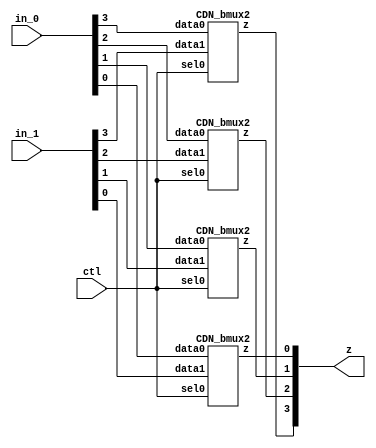

// Generated by Cadence Encounter(R) RTL Compiler RC14.27 - v14.20-s064_1

// Verification Directory fv/dom_and 

module bmux(ctl, in_0, in_1, z);
  input ctl;
  input [3:0] in_0, in_1;
  output [3:0] z;
  CDN_bmux2 g1(.sel0 (ctl), .data0 (in_0[3]), .data1 (in_1[3]), .z
       (z[3]));
  CDN_bmux2 g2(.sel0 (ctl), .data0 (in_0[2]), .data1 (in_1[2]), .z
       (z[2]));
  CDN_bmux2 g3(.sel0 (ctl), .data0 (in_0[1]), .data1 (in_1[1]), .z
       (z[1]));
  CDN_bmux2 g4(.sel0 (ctl), .data0 (in_0[0]), .data1 (in_1[0]), .z
       (z[0]));
endmodule

module dom_and(ClkxCI, RstxBI, XxDI, YxDI, ZxDI, QxDO);
  input ClkxCI, RstxBI;
  input [1:0] XxDI, YxDI;
  input [0:0] ZxDI;
  output [1:0] QxDO;
  wire [3:0] FFxDP;
  bmux mux_FFxDP_78_15(.ctl (n_8), .in_0 (4'b0000), .in_1 (4'b0000), .z
       ());
  and g1 (\Xi_mul_Yj[3] , XxDI[1], YxDI[1]);
  and g2 (Xi_mul_Yj_37, XxDI[1], YxDI[0]);
  and g3 (Xi_mul_Yj, XxDI[0], YxDI[1]);
  and g4 (\Xi_mul_Yj[0] , XxDI[0], YxDI[0]);


//   xor g7 (n_11, Xi_mul_Yj, ZxDI);
  not g65 (n_a1, Xi_mul_Yj);
  not g66 (n_b1, ZxDI);
  and g67 (n_t11, Xi_mul_Yj, n_b1);
  and g68 (n_t21, ZxDI, n_a1);
  or g69 (n_11, n_t11, n_t21);

  xor g9 (n_13, Xi_mul_Yj_37, ZxDI);
//  not g60 (n_a, Xi_mul_Yj_37);
//  not g61 (n_b, ZxDI);
//  and g62 (n_t1, Xi_mul_Yj_37, n_b);
//  and g63 (n_t2, ZxDI, n_a);
//  or g64 (n_13, n_t1, n_t2);

  xor g11 (QxDO[1], FFxDP[2], \Xi_mul_Yj[3] );
//  not g70 (n_a2, FFxDP[2]);
//  not g71 (n_b2, \Xi_mul_Yj[3] );
//  and g72 (n_t12, FFxDP[2], n_b2);
//  and g73 (n_t22, n_a2, \Xi_mul_Yj[3] );
//  or g74 (QxDO[1], n_t12, n_t22);

  xor g8 (QxDO[0], \Xi_mul_Yj[0] , FFxDP[1]);
//  not g75 (n_a3, FFxDP[1]);
//  not g76 (n_b3, \Xi_mul_Yj[0] );
//  and g77 (n_t13, FFxDP[1], n_b3);
//  and g78 (n_t23, n_a3, \Xi_mul_Yj[0] );
//  or g79 (QxDO[0], n_t13, n_t23);

  CDN_flop \FFxDP_reg[0] (.clk (ClkxCI), .d (\Xi_mul_Yj[0] ), .sena
       (1'b1), .aclr (n_8), .apre (1'b0), .srl (1'b0), .srd (1'b0), .q
       ());
  CDN_flop \FFxDP_reg[1] (.clk (ClkxCI), .d (n_11), .sena (1'b1), .aclr
       (n_8), .apre (1'b0), .srl (1'b0), .srd (1'b0), .q (FFxDP[1]));
  CDN_flop \FFxDP_reg[2] (.clk (ClkxCI), .d (n_13), .sena (1'b1), .aclr
       (n_8), .apre (1'b0), .srl (1'b0), .srd (1'b0), .q (FFxDP[2]));
  CDN_flop \FFxDP_reg[3] (.clk (ClkxCI), .d (\Xi_mul_Yj[3] ), .sena
       (1'b1), .aclr (n_8), .apre (1'b0), .srl (1'b0), .srd (1'b0), .q
       ());
  not g14 (n_8, RstxBI);
endmodule

`ifdef RC_CDN_GENERIC_GATE
`else
module CDN_flop(clk, d, sena, aclr, apre, srl, srd, q);
  input clk, d, sena, aclr, apre, srl, srd;
  output q;
  reg  qi;
  assign #1 q = qi;
  always 
    @(posedge clk or posedge apre or posedge aclr) 
      if (aclr) 
        qi <= 0;
      else if (apre) 
          qi <= 1;
        else if (srl) 
            qi <= srd;
          else begin
            if (sena) 
              qi <= d;
          end
  initial 
    qi <= 1'b0;
endmodule
`endif
`ifdef RC_CDN_GENERIC_GATE
`else
`ifdef ONE_HOT_MUX
module CDN_bmux2(sel0, data0, data1, z);
  input sel0, data0, data1;
  output z;
  reg  z;
  always 
    @(sel0 or data0 or data1) 
      case ({sel0})
       1'b0: z = data0;
       1'b1: z = data1;
      endcase
endmodule
`else
module CDN_bmux2(sel0, data0, data1, z);
  input sel0, data0, data1;
  output z;
  not i_0 (inv_sel0, sel0);
  and a_0 (w_0, inv_sel0, data0);
  and a_1 (w_1, sel0, data1);
  or org (z, w_0, w_1);
endmodule
`endif // ONE_HOT_MUX
`endif